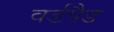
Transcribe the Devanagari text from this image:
वर्डपैड